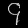
Digit: ၄